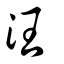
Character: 汪